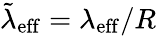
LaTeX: \tilde{\lambda}_{\mathrm{eff}}=\lambda_{\mathrm{eff}}/R